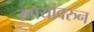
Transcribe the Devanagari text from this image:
रुपयांवरुन